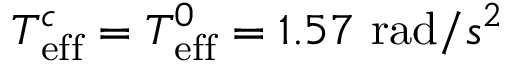
T _ { \mathrm { e f f } } ^ { c } = T _ { \mathrm { e f f } } ^ { 0 } = 1 . 5 7 \ \mathrm { r a d } / s ^ { 2 }